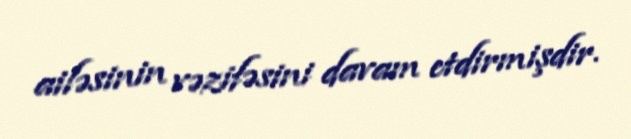
ailəsinin vəzifəsini davam etdirmişdir.